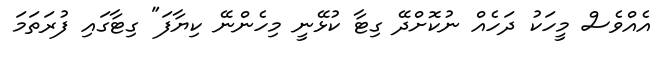
އެއްވެސް މީހަކު ދަހެއް ނުކޮށްދޭ ގިޓާ ކުޅޭނީ މިހެންނޭ ކިޔާފަ" ގިޓާގައި ފުރަތަމަ